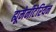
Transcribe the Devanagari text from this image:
ह्यूमेनीटेरियन